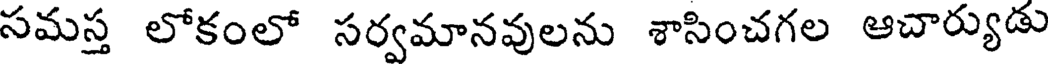
సమస్త లోకంలో సర్వమానవులను శాసించగల ఆచార్యుడు